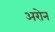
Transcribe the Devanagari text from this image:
अरोन